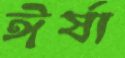
ঈর্ষা